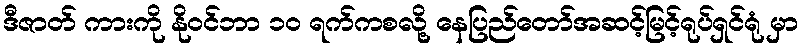
ဒီဇာတ် ကားကို နိုဝင်ဘာ ၁၀ ရက်ကစလို့ နေပြည်တော်အဆင့်မြင့်ရုပ်ရှင်ရုံ မှာ